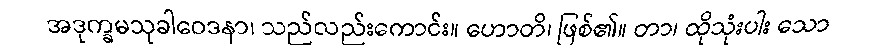
အဒုက္ခမသုခါဝေဒနာ၊ သည်လည်းကောင်း။ ဟောတိ၊ ဖြစ်၏။ တာ၊ ထိုသုံးပါး သော